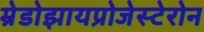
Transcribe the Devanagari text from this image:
म्रेडोझायप्रोजेस्टेरोन